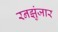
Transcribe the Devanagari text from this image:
रनझुंजार